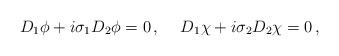
LaTeX: \begin{align*}D_1\phi+i\sigma_1D_2\phi=0\,,\hspace{5mm}D_1\chi+i\sigma_2D_2\chi=0\,,\end{align*}